Civil Veterinary Department Bengal reports 1933-51 - 1933-1951
Year: 1933
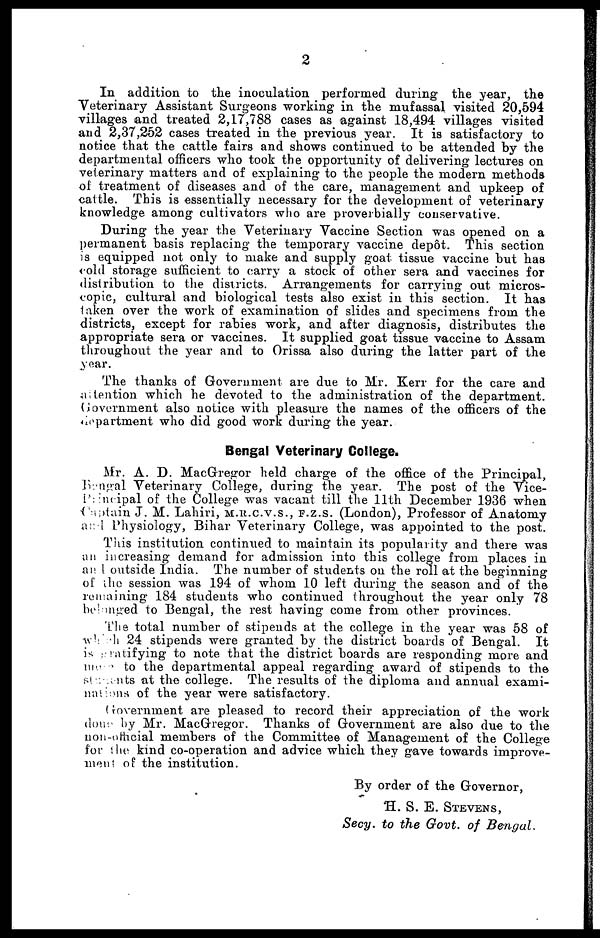
2
In addition to the inoculation performed during the year, the
Veterinary Assistant Surgeons working in the mufassal visited 20,594
villages and treated 2,17,788 cases as against 18,494 villages visited
and 2,37,252 cases treated in the previous year. It is satisfactory to
notice that the cattle fairs and shows continued to be attended by the
departmental officers who took the opportunity of delivering lectures on
veterinary matters and of explaining to the people the modern methods
of treatment of diseases and of the care, management and upkeep of
cattle. This is essentially necessary for the development of veterinary
knowledge among cultivators who are proverbially conservative.
During the year the Veterinary Vaccine Section was opened on a
permanent basis replacing the temporary vaccine depot. This section
is equipped not only to make and supply goat tissue vaccine but has
cold storage sufficient to carry a stock of other sera and vaccines for
distribution to the districts. Arrangements for carrying out micros-
copic, cultural and biological tests also exist in this section. It has
taken over the work of examination of slides and specimens from the
districts, except for rabies work, and after diagnosis, distributes the
appropriate sera or vaccines. It supplied goat tissue vaccine to Assam
throughout the year and to Orissa also during the latter part of the
year.
The thanks of Government are due to Mr. Kerr for the care and
altention which he devoted to the administration of the department.
Government also notice with pleasure the names of the officers of the
Department who did good work during the year.
Bengal Veterinary College.
Mr. A. D. MacGregor held charge of the office of the Principal,
Bangal Veterinary College, during the year. The post of the Vice-
Piincipal of the College was vacant till the 11th December 1936 when
Captain J. M. Lahiri, M.R.C.V.S., F.Z.S. (London), Professor of Anatomy
and Physiology, Bihar Veterinary College, was appointed to the post.
This institution continued to maintain its popularity and there was
an increasing demand for admission into this college from places in
and outside India. The number of students on the roll at the beginning
of the session was 194 of whom 10 left during the season and of the
remaining 184 students who continued throughout the year only 78
belonged to Bengal, the rest having come from other provinces.
The total number of stipends at the college in the year was 58 of
which 24 stipends were granted by the district boards of Bengal. It
is Gratifying to note that the district boards are responding more and
more to the departmental appeal regarding award of stipends to the
Students at the college. The results of the diploma and annual exami-
nations of the year were satisfactory.
Government are pleased to record their appreciation of the work
done by Mr. MacGregor. Thanks of Government are also due to the
non-official members of the Committee of Management of the College
for the kind co-operation and advice which they gave towards improve-
ment of the institution.
By order of the Governor,
H. S. E. STEVENS,
Secy. to the Govt, of Bengal.